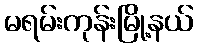
မရမ်းကုန်းမြို့နယ်